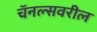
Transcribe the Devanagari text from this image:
चॅनल्सवरील